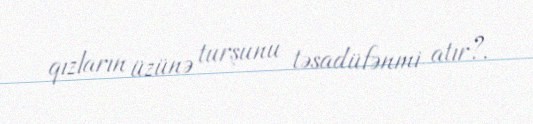
qızların üzünə turşunu təsadüfənmi atır?.